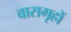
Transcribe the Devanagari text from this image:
वासगृहों